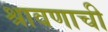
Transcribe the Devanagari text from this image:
श्रावणाची